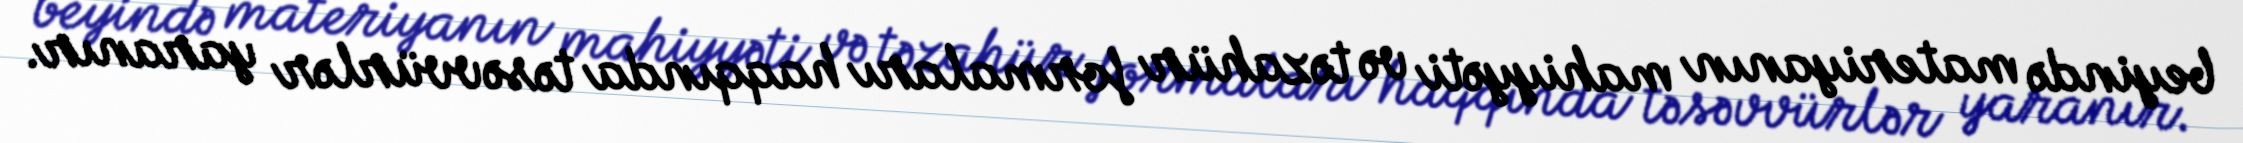
beyində materiyanın mahiyyəti və təzahür formaları haqqında təsəvvürlər yaranır.